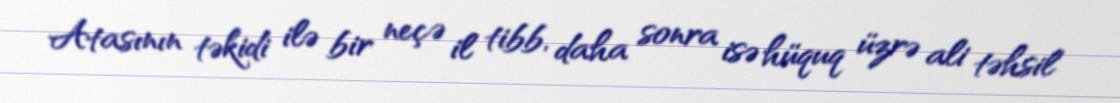
Atasının təkidi ilə bir neçə il tibb, daha sonra isə hüquq üzrə ali təhsil